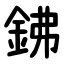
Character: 鉘